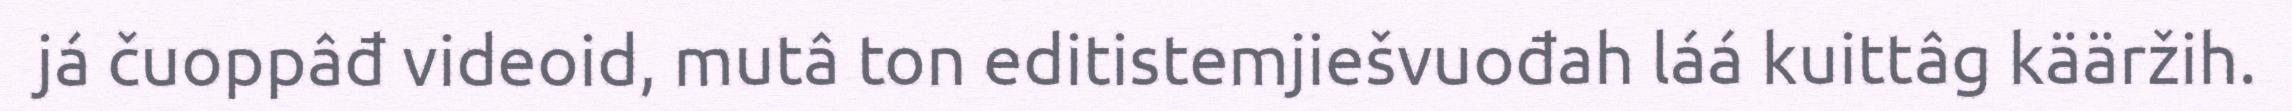
já čuoppâđ videoid, mutâ ton editistemjiešvuođah láá kuittâg kääržih.